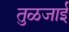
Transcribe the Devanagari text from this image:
तुळजाई